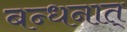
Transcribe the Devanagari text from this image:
बन्धनात्